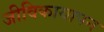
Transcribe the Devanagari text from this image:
जीविकायापन